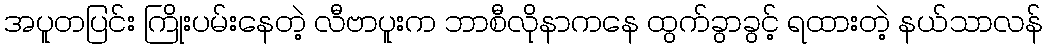
အပူတပြင်း ကြိုးပမ်းနေတဲ့ လီဗာပူးက ဘာစီလိုနာကနေ ထွက်ခွာခွင့် ရထားတဲ့ နယ်သာလန်